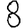
Digit: 8